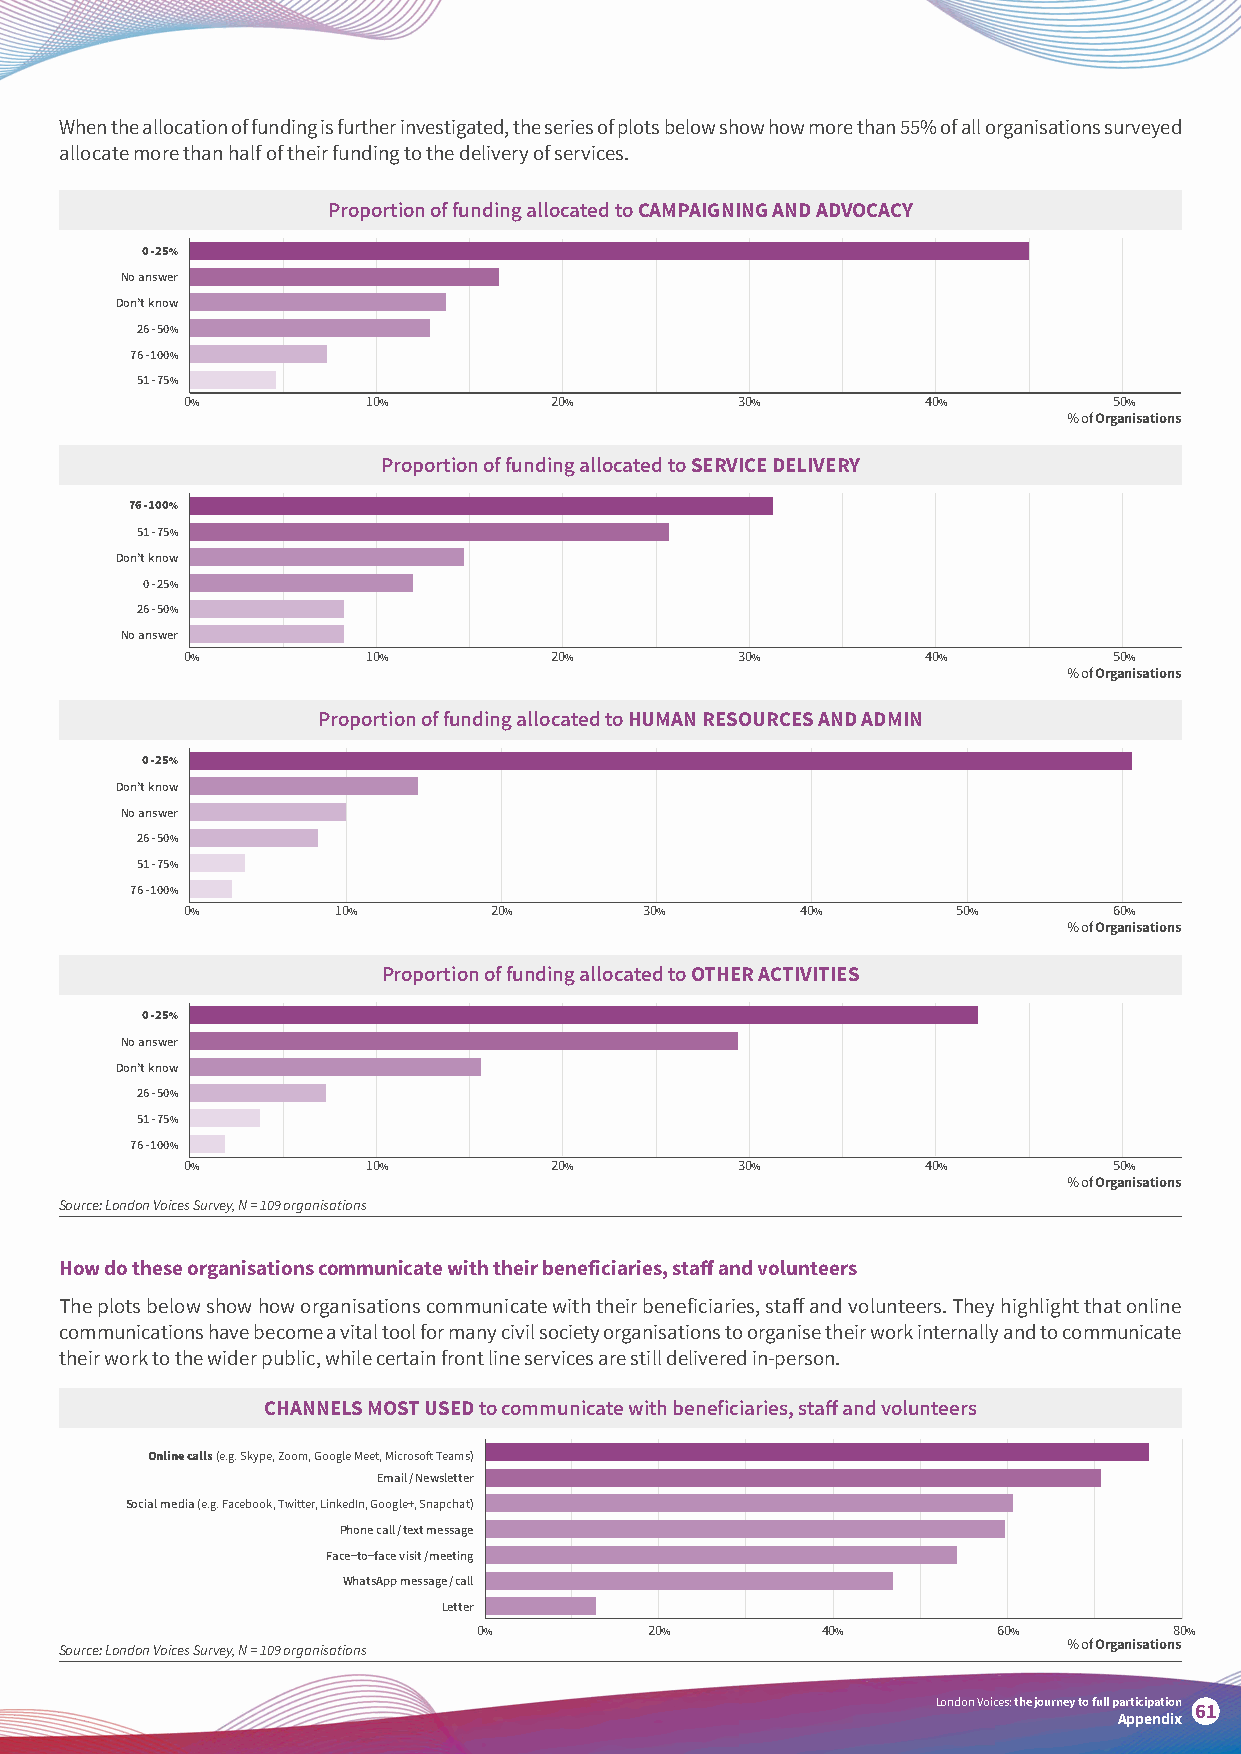
When the allocation of funding is further investigated, the series of plots below show how more than 55% of all organisations surveyed
 allocate more than half of their funding to the delivery of services.
 Proportion of funding allocated to CAMPAIGNING AND ADVOCACY
 0 - 25%
 No answer
 Don’t know
 26 - 50%
 76 - 100%
 51 - 75%
 0%          10%         20%          30%         40%          50%
 % of Organisations
 Proportion of funding allocated to SERVICE DELIVERY
 76 - 100%
 51 - 75%
 Don’t know
 0 - 25%
 26 - 50%
 No answer
 0%          10%         20%          30%         40%          50%
 % of Organisations
 Proportion of funding allocated to HUMAN RESOURCES AND ADMIN
 0 - 25%
 Don’t know
 No answer
 26 - 50%
 51 - 75%
 76 - 100%
 0%        10%       20%        30%       40%       50%        60%
 % of Organisations
 Proportion of funding allocated to OTHER ACTIVITIES
 0 - 25%
 No answer
 Don’t know
 26 - 50%
 51 - 75%
 76 - 100%
 0%          10%         20%          30%         40%          50%
 % of Organisations
 Source: London Voices Survey, N = 109 organisations
 How do these organisations communicate with their beneficiaries, staff and volunteers
 The plots below show how organisations communicate with their beneficiaries, staff and volunteers. They highlight that online
 communications have become a vital tool for many civil society organisations to organise their work internally and to communicate
 their work to the wider public, while certain front line services are still delivered in-person.
 CHANNELS MOST USED to communicate with beneficiaries, staff and volunteers
 Online calls (e.g. Skype, Zoom, Google Meet, Microsoft Teams)
 Email / Newsletter
 Social media (e.g. Facebook, Twitter, LinkedIn, Google+, Snapchat)
 Phone call / text message
 Face−to−face visit / meeting
 WhatsApp message / call
 Letter
 0%         20%        40%         60%         80%
 Source: London Voices Survey, N = 109 organisations                % of Organisations
 London Voices: the journey to full participation
 61
 Appendix